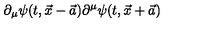
\partial _ { \mu } \psi ( t , \vec { x } - \vec { a } ) \partial ^ { \mu } \psi ( t , \vec { x } + \vec { a } )